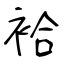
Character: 袷